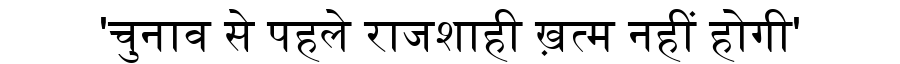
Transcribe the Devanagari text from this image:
'चुनाव से पहले राजशाही ख़त्म नहीं होगी'